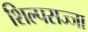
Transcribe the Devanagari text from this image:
शिल्पसज्जा